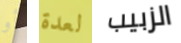
أو لعدة الزبيب